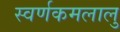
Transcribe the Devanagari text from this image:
स्वर्णकमलालु